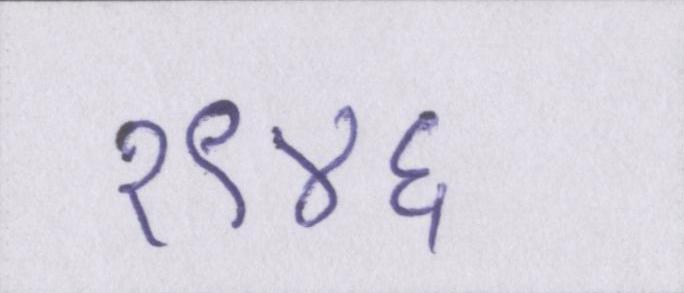
१९४६